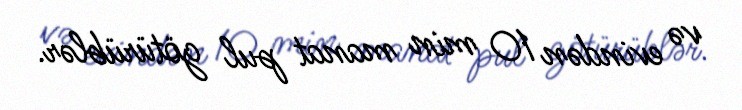
və evindən 10 min manat pul götürüblər.